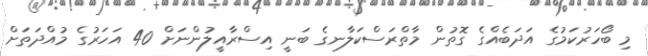
މި ބޯހަރުކަމުގެ އަދަބެއްގެ ގޮތުން މާތްރަސްކަލާނގެ ބަނީ އިސްރާއީލުންނަށް 40 އަހަރުގެ މުއްދަތަށް